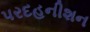
પરદહનીશન